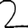
Digit: 2